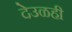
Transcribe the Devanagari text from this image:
देउळही